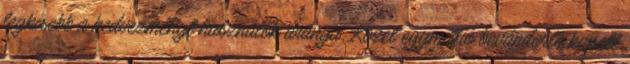
legkisebb a kedvezményt használók aránya. Közel egymillió bevándorló kapott